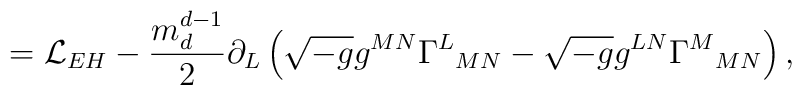
=\mathcal{L}_{EH}-\frac{m_d^{d-1}}{2}\partial_L\left(\sqrt{-g}g^{MN}\Gamma^L{}_{MN}-\sqrt{-g}g^{LN}\Gamma^M{}_{MN}\right),